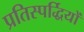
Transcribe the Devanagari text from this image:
प्रतिस्पर्द्धियों